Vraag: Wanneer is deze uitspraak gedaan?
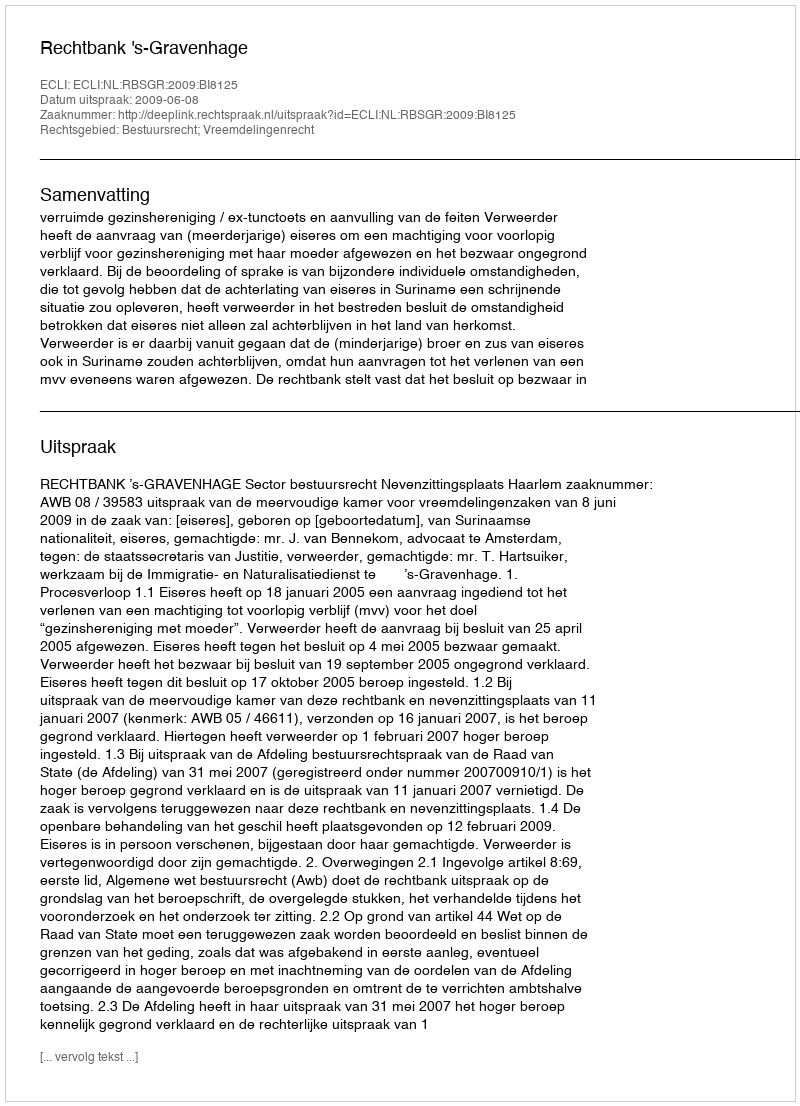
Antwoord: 2009-06-08